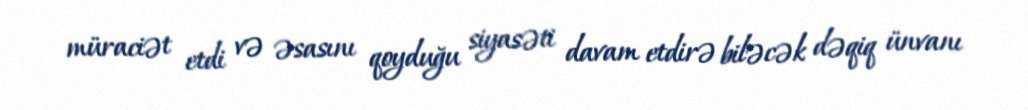
müraciət etdi və əsasını qoyduğu siyasəti davam etdirə biləcək dəqiq ünvanı